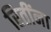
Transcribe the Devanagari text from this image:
रितींना